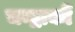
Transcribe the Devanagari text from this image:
चन्द्रार्कौ